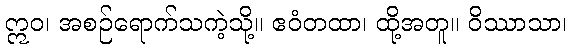
ဣဝ၊ အစဉ်ရောက်သကဲ့သို့။ ဧဝံတထာ၊ ထို့အတူ။ ဝိဿာသာ၊